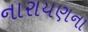
નારાયણના